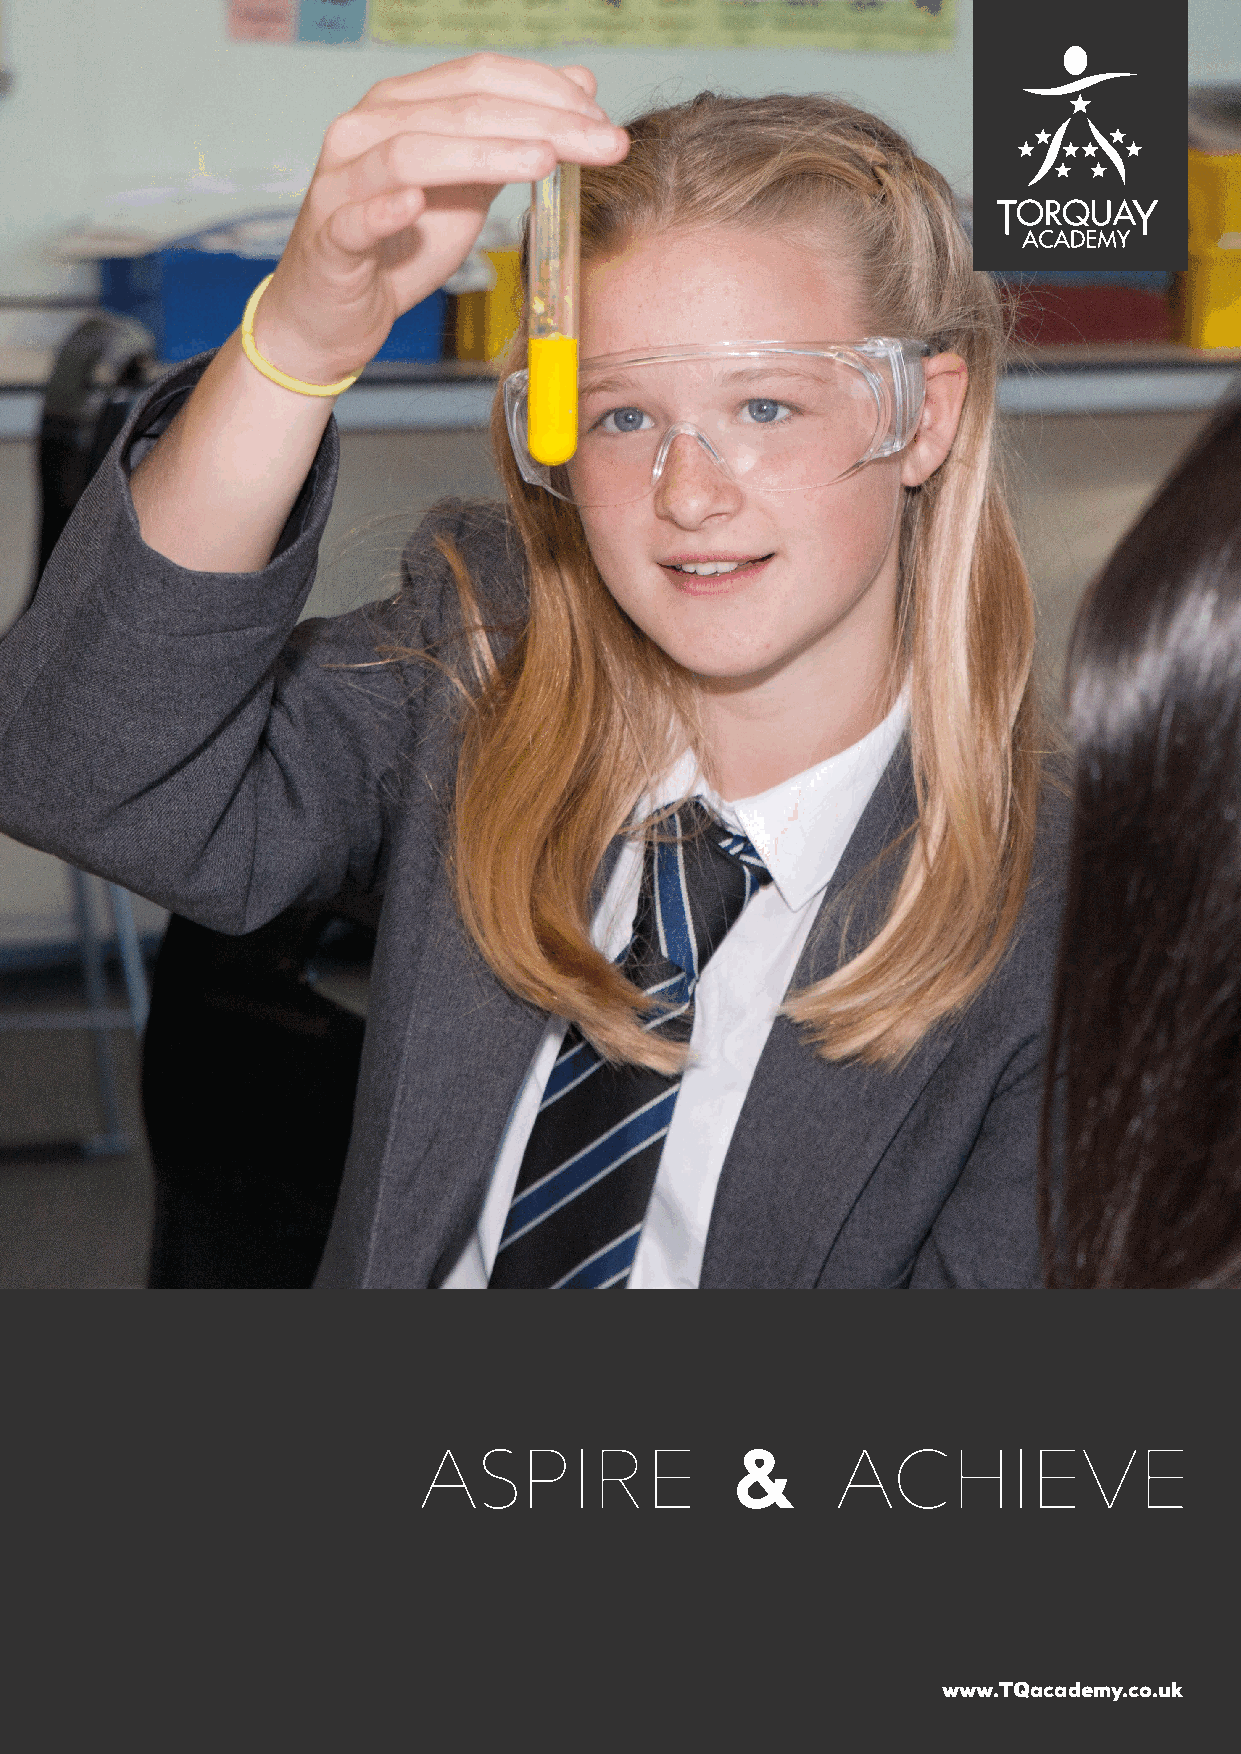
ASPIRE              &      ACHIEVE
 www.TQacademy.co.uk